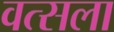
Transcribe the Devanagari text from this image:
वत्‍सला